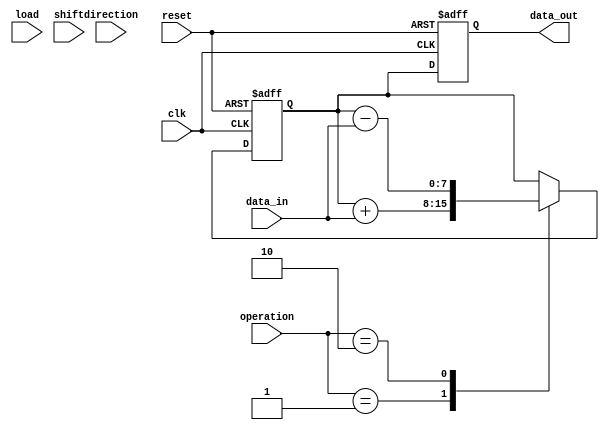
module LogarithmicShiftRegister #(
    parameter WIDTH = 8 // Configurable width (e.g., 8, 16, 32)
)(
    input wire clk,                // Clock signal
    input wire reset,              // Reset signal
    input wire load,               // Load control signal
    input wire shift,              // Shift control signal
    input wire [WIDTH-1:0] data_in, // Input data
    input wire direction,          // Shift direction: 0 for left, 1 for right
    input wire [1:0] operation,    // 00: None, 01: Add, 10: Subtract
    output reg [WIDTH-1:0] data_out // Output data
);

    reg [WIDTH-1:0] register;      // Internal register to hold data

    // Logarithmic shift function
    function [WIDTH-1:0] log_shift;
        input [WIDTH-1:0] data;
        input [1:0] dir; // 0 for left, 1 for right
        begin
            if (dir == 0) begin // Left shift
                log_shift = data << 1; // Simple left shift for demonstration
            end else begin // Right shift
                log_shift = data >> 1; // Simple right shift for demonstration
            end
        end
    endfunction

    // Sequential logic
    always @(posedge clk or posedge reset) begin
        if (reset) begin
            register <= 0; // Clear the register
            data_out <= 0; // Clear output
        end else begin
            if (load) begin
                register <= data_in; // Load new data
            end else if (shift) begin
                register <= log_shift(register, direction); // Perform logarithmic shift
            end
            
            // Perform arithmetic operations
            case (operation)
                2'b01: register <= register + data_in; // Addition
                2'b10: register <= register - data_in; // Subtraction
                default: register <= register; // No operation
            endcase
            
            data_out <= register; // Update output
        end
    end

endmodule